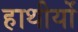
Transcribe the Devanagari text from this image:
हाथीयों